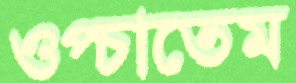
ওপ্‌চাতেম